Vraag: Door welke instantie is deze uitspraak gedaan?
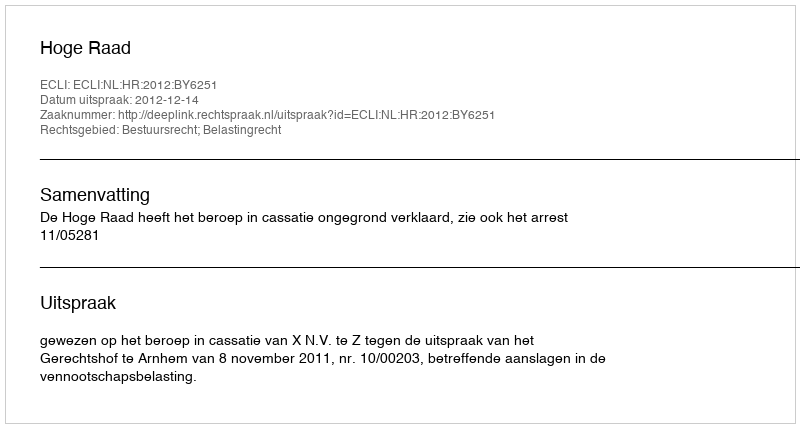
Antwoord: Hoge Raad